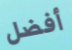
أفضل